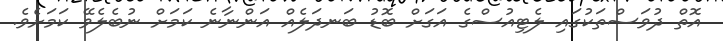
އޮތް ދުވަސްތަކުގައި ލެޓިއުސްގެ އަގަށް ބޮޑު ބަނދަލެއް އަންނާނެ ކަމަށް ނުބެލެވޭ ކަމަށެވެ.